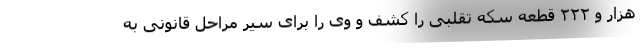
هزار و ۲۲۲ قطعه سکه تقلبی را کشف و وی را برای سیر مراحل قانونی به